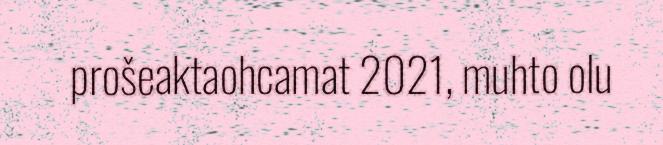
prošeaktaohcamat 2021, muhto olu